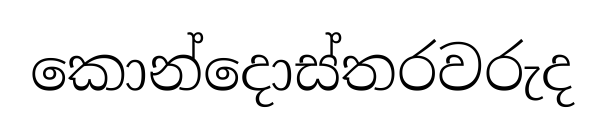
කොන්දොස්තරවරුද